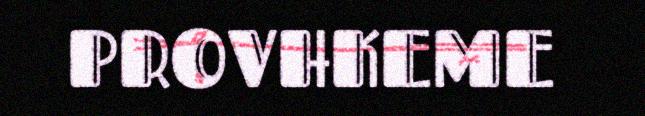
PROVHKEME